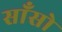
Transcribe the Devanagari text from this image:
साँसो